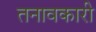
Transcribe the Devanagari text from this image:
तनावकारी